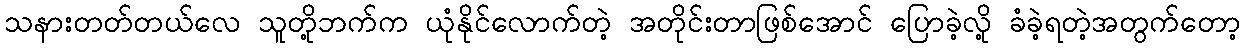
သနားတတ်တယ်လေ သူတို့ဘက်က ယုံနိုင်လောက်တဲ့ အတိုင်းတာဖြစ်အောင် ပြောခဲ့လို့ ခံခဲ့ရတဲ့အတွက်တော့